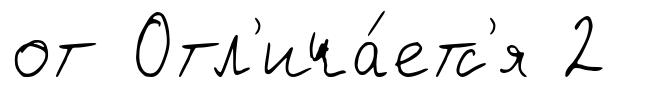
от Отл'ича́етс'я 2